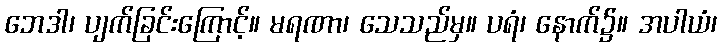
ဘေဒါ၊ ပျက်ခြင်းကြောင့်။ မရဏာ၊ သေသည်မှ။ ပရံ၊ နောက်၌။ အပါယံ၊